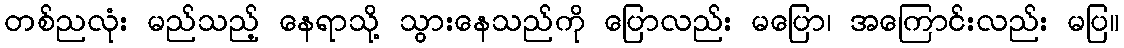
တစ်ညလုံး မည်သည့် နေရာသို့ သွားနေသည်ကို ပြောလည်း မပြော၊ အကြောင်းလည်း မပြ။